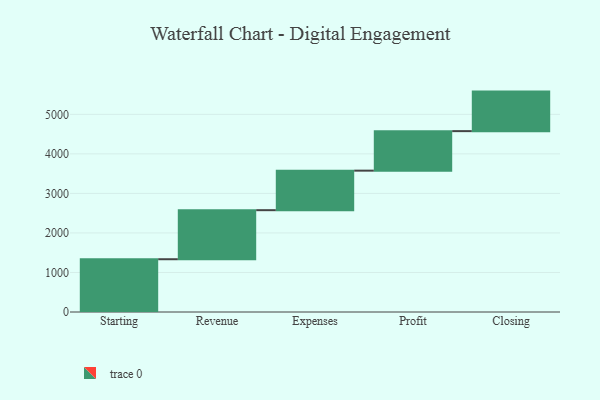
{"axis": {"x": "Step", "y": "Value"}, "legend": [""], "data": [{"x": "Starting", "y": 1335.0, "type": ""}, {"x": "Revenue", "y": 1241.0, "type": ""}, {"x": "Expenses", "y": 1000, "type": ""}, {"x": "Profit", "y": 1000, "type": ""}, {"x": "Closing", "y": 1000, "type": ""}]}